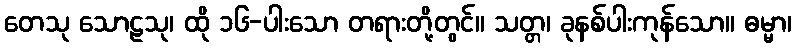
တေသု သောဠသု၊ ထို ၁၆-ပါးသော တရားတို့တွင်။ သတ္တ၊ ခုနစ်ပါးကုန်သော။ ဓမ္မာ၊